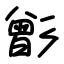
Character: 㣒